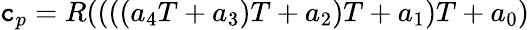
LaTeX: \mathtt{c}_{p}=R((((a_{4}T+a_{3})T+a_{2})T+a_{1})T+a_{0})